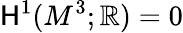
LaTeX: {\mathsf{H}}^{1}(M^{3};\mathbb{R})=0